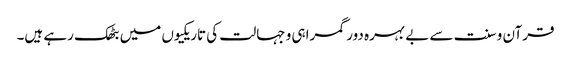
قرآن و سنت سے بے بہرہ دور گمراہی و جہالت کی تاریکیوں میں بٹھک رہے ہیں۔